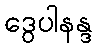
ဒွေပါနန္ဒ